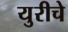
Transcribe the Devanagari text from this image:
युरीचे